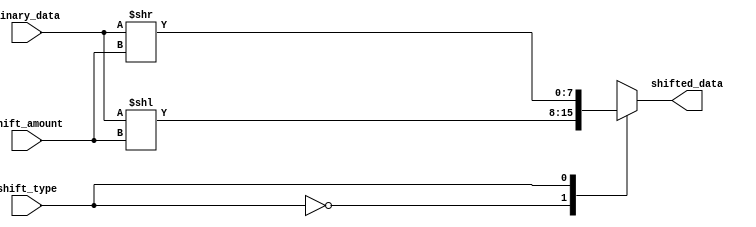
module barrel_shifter (
    input [7:0] binary_data,
    input [2:0] shift_amount,
    input shift_type,
    output reg [7:0] shifted_data
);

always @(*) begin
    case(shift_type)
        2'b00: // Logical shift left
            shifted_data = binary_data << shift_amount;
        2'b01: // Logical shift right
            shifted_data = binary_data >> shift_amount;
        2'b10: // Arithmetic shift left
            shifted_data = ($signed(binary_data) << shift_amount);
        2'b11: // Arithmetic shift right
            shifted_data = ($signed(binary_data) >> shift_amount);
        default:
            shifted_data = 8'b0;
    endcase
end

endmodule